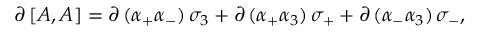
\partial \, \lbrack A , A \rbrack = \partial \, ( \alpha _ { + } \alpha _ { - } ) \, \sigma _ { 3 } + \partial \, ( \alpha _ { + } \alpha _ { 3 } ) \, \sigma _ { + } + \partial \, ( \alpha _ { - } \alpha _ { 3 } ) \, \sigma _ { - } ,